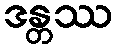
ဒန္တဿ